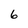
Character: 6